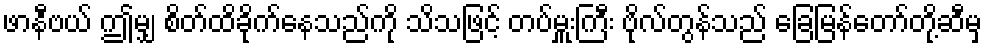
ဖာနီဗယ် ဤမျှ စိတ်ထိခိုက်နေသည်ကို သိသဖြင့် တပ်မှူးကြီး ဗိုလ်တွန်သည် ခြေမြန်တော်တို့ဆီမှ